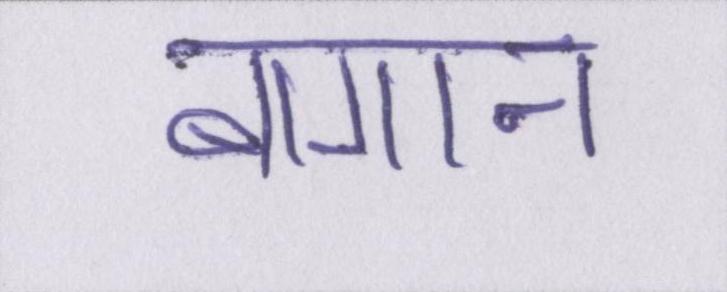
बागान